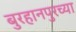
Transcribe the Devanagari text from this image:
बुरहानपुरच्या